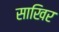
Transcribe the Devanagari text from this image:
साखिर